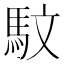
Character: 馼